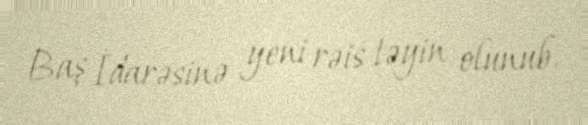
Baş İdarəsinə yeni rəis təyin olunub.